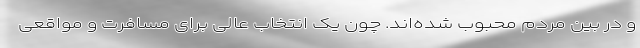
و در بین مردم محبوب شده‌اند. چون یک انتخاب عالی برای مسافرت و مواقعی